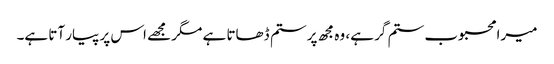
میرا محبوب ستم گر ہے، وہ مجھ پر ستم ڈھاتا ہے مگر مجھے اس پر پیار آتا ہے۔